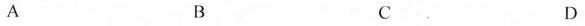
A B C D